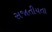
સજાતીયતા